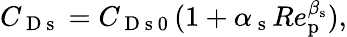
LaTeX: C_{\mathrm{~D~s~}}=C_{\mathrm{~D~s~0~}}(1+\alpha_{\mathrm{~s~}}Re_{\mathrm{p}}^{\beta_{\mathrm{s}}}),